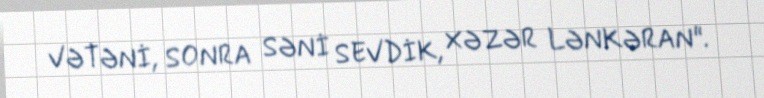
VƏTƏNİ, SONRA SƏNİ SEVDİK, XƏZƏR LƏNKƏRAN".